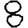
Digit: 8